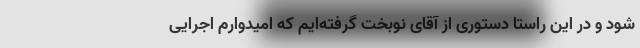
شود و در این راستا دستوری از آقای نوبخت گرفته‌ایم که امیدوارم اجرایی